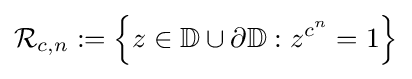
{\mathcal {R}}_{c,n}:=\left\{z\in \mathbb {D} \cup \partial {\mathbb {D} }:z^{c^{n}}=1\right\}